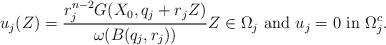
LaTeX: \begin{align*}u_j(Z) = \frac{ r_j^{n-2} G(X_0, q_j + r_j Z) }{ \omega(B(q_j,r_j))} Z\in \Omega_j \hbox{ and } u_j=0 \hbox{ in } \Omega_j^c.\end{align*}